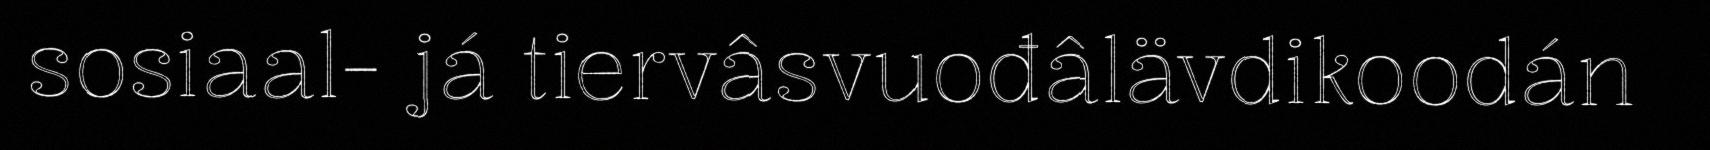
sosiaal- já tiervâsvuođâlävdikoodán